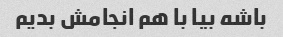
باشه بیا با هم انجامش بدیم